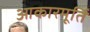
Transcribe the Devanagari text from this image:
आकारमूर्ति